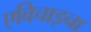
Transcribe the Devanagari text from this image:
एविचाइना